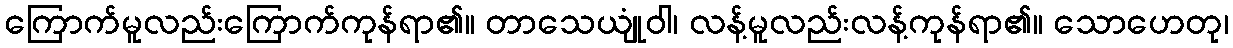
ကြောက်မူလည်းကြောက်ကုန်ရာ၏။ တာသေယျုံဝါ၊ လန့်မူလည်းလန့်ကုန်ရာ၏။ သောဟေတု၊